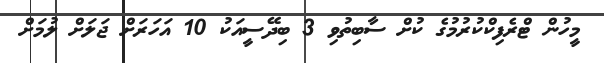
މީހުން ޓްރެފިކްކުރުމުގެ ކުށް ސާބިތުވި 3 ބިދޭސީއަކު 10 އަހަރަށް ޖަލަށް ލުމަށް